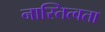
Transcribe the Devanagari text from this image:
नास्तित्वता